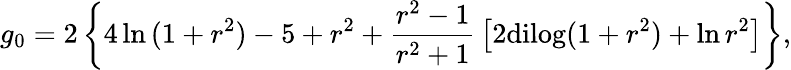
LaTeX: g_{0}=2\left\{ 4\ln{(1+r^{2})}-5+r^{2}+{\frac{r^{2}-1}{r^{2}+1}}\left[2\mathrm{dilog}(1+r^{2})+\ln{r^{2}}\right]\right\} ,